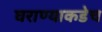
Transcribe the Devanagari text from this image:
घराण्याकडेच